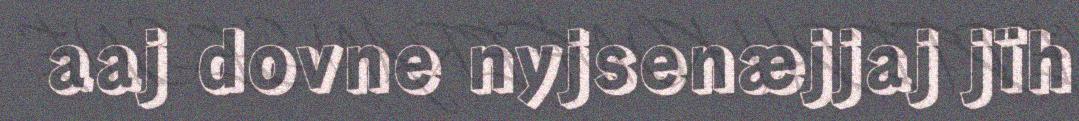
aaj dovne nyjsenæjjaj jïh